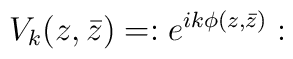
V_{k}(z,\bar{z})= :e^{ik\phi(z,\bar{z})}: